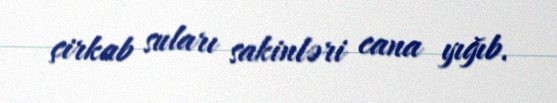
çirkab suları sakinləri cana yığıb.